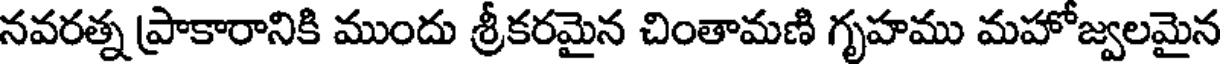
నవరత్న ప్రాకారానికి ముందు శ్రీకరమైన చింతామణి గృహము మహోజ్వలమైన